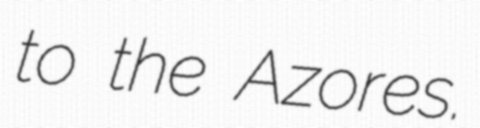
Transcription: to the Azores.